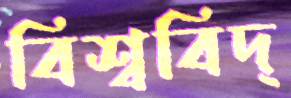
বিশ্ববিদ্